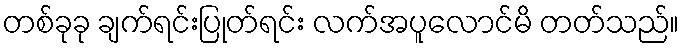
တစ်ခုခု ချက်ရင်းပြုတ်ရင်း လက်အပူလောင်မိ တတ်သည်။